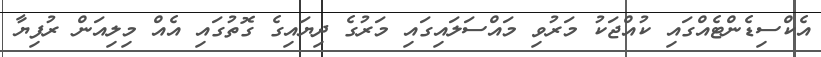
އެކްސިޑެންޓެއްގައި ކުއްޖަކު މަރުވި މައްސަލައިގައި މަރުގެ ދިޔައިގެ ގޮތުގައި އެއް މިލިއަން ރުފިޔާ